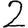
Digit: 2